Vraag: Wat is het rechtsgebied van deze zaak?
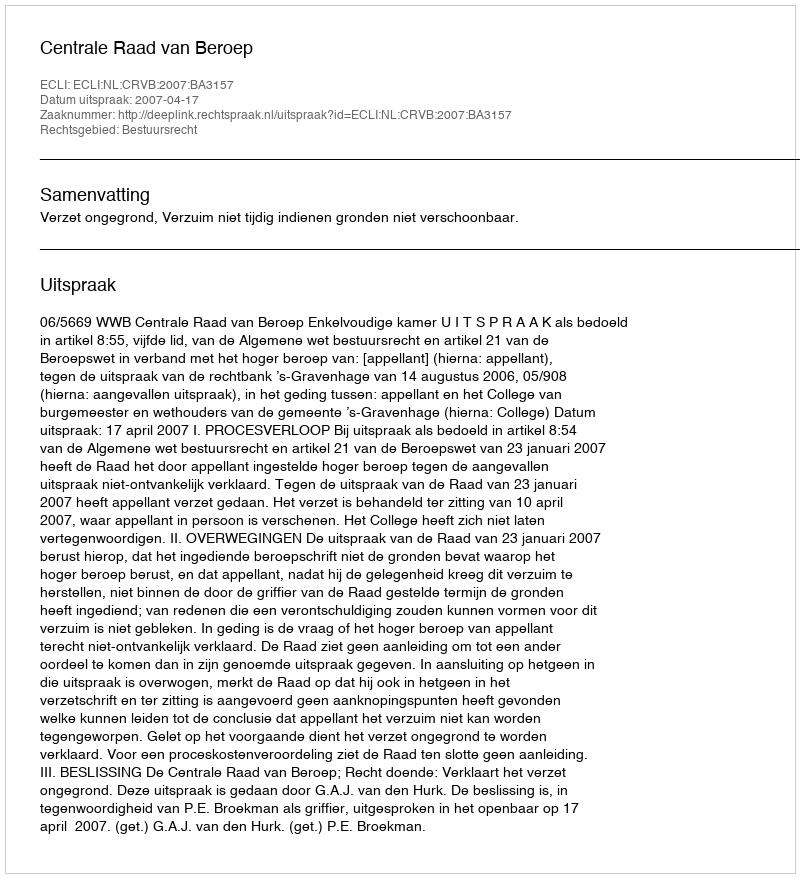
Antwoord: Bestuursrecht